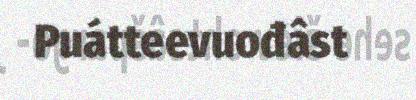
Puátteevuođâst